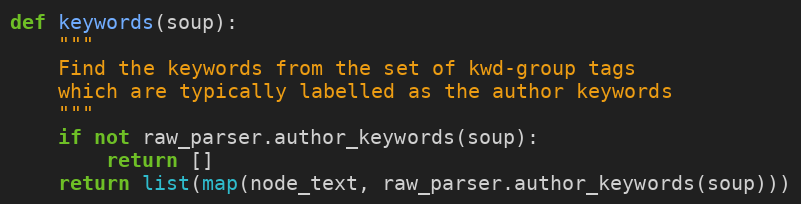
Language: Python
def keywords(soup):
    """
    Find the keywords from the set of kwd-group tags
    which are typically labelled as the author keywords
    """
    if not raw_parser.author_keywords(soup):
        return []
    return list(map(node_text, raw_parser.author_keywords(soup)))